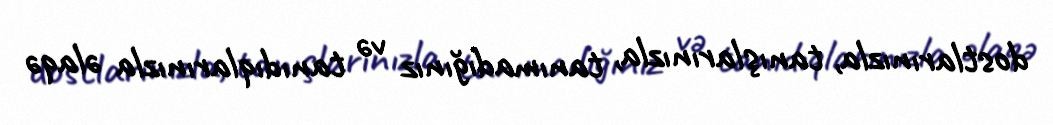
dostlarınızla, tanışlarınızla, tanımadığınız və tanıdıqlarınızla əlaqə